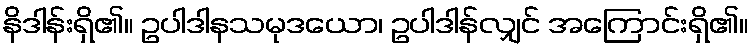
နိဒါန်းရှိ၏။ ဥပါဒါနသမုဒယော၊ ဥပါဒါန်လျှင် အကြောင်းရှိ၏။